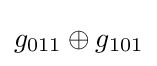
g_{011}\oplus g_{101}